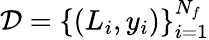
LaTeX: \mathcal{D}=\{ (L_{i},y_{i})\} _{i=1}^{N_{f}}